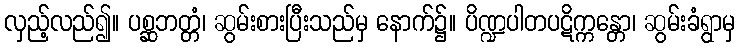
လှည့်လည်၍။ ပစ္ဆဘတ္တံ၊ ဆွမ်းစားပြီးသည်မှ နောက်၌။ ပိဏ္ဍပါတပဋိက္ကန္တော၊ ဆွမ်းခံရွာမှ